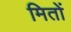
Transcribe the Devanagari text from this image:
मितों